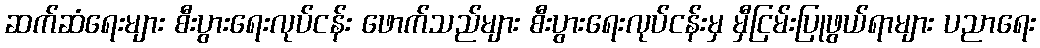
ဆက်ဆံရေးများ စီးပွားရေးလုပ်ငန်း ဖောက်သည်များ စီးပွားရေးလုပ်ငန်းမှ မှီငြမ်းပြုဖွယ်ရာများ ပညာရေး